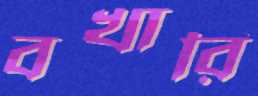
বখারি